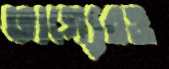
ভাগ্যেরও